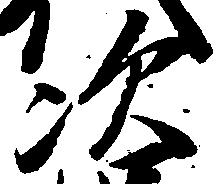
次